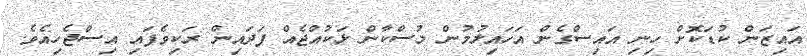
އައިޒަން ކުޑަކޮށް ހިނި އައިސްގެން އަހައިލުމުން މުސްކާން ޅަކުއްޖެއް ފަދައިން ރަކިވެފައި އިސްޖެހިއެވެ.